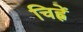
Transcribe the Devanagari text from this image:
चिह्नें